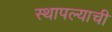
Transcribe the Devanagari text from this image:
स्थापल्याची